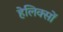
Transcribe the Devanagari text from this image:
हेलिक्सों